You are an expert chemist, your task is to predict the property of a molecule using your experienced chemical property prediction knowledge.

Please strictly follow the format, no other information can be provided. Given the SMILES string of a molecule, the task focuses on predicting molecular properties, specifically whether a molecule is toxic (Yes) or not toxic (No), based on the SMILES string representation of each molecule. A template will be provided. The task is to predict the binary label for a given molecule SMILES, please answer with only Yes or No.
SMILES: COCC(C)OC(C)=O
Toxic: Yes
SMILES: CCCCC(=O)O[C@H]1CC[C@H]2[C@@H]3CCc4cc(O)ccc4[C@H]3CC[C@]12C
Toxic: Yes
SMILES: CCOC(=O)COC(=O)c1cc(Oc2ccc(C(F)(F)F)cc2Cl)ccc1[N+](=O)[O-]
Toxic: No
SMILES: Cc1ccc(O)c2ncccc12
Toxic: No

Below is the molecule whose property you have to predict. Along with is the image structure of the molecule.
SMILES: CCOc1ccc([N+](=O)[O-])cc1
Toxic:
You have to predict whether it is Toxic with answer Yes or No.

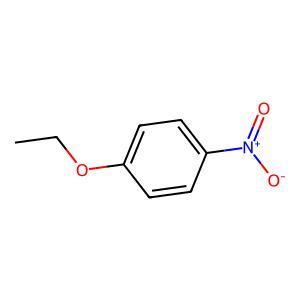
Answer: No